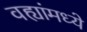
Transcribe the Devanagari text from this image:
वह्यांमध्ये